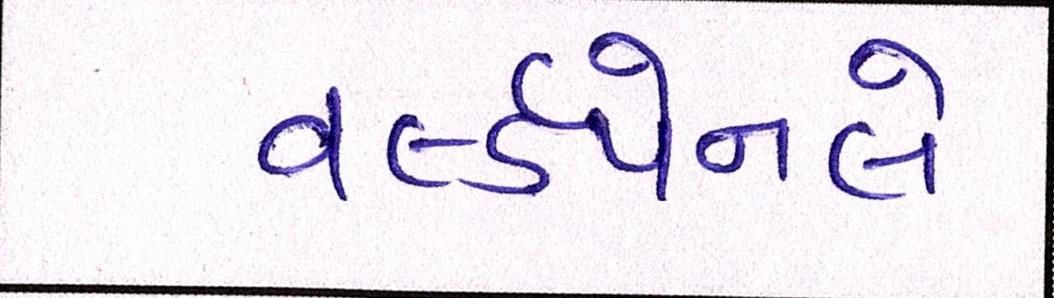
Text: વર્લ્ડપેનલે